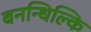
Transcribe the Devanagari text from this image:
बनन्धिल्कि